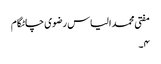
مفتی محمد الیاس رضوی چاٹگام
۴۔